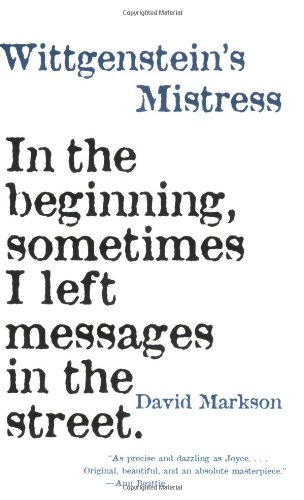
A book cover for Wittgenstein's Mistress; David Markson; Literature & Fiction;